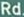
Rd